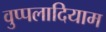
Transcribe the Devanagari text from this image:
वुप्पलादियाम